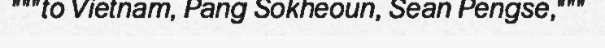
"""to Vietnam, Pang Sokheoun, Sean Pengse,"""